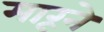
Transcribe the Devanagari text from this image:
मारूने